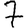
Digit: 7